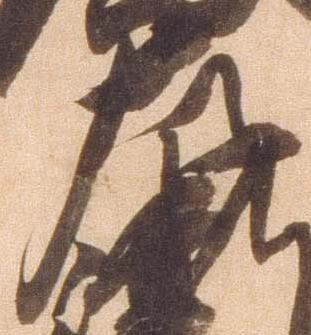
左